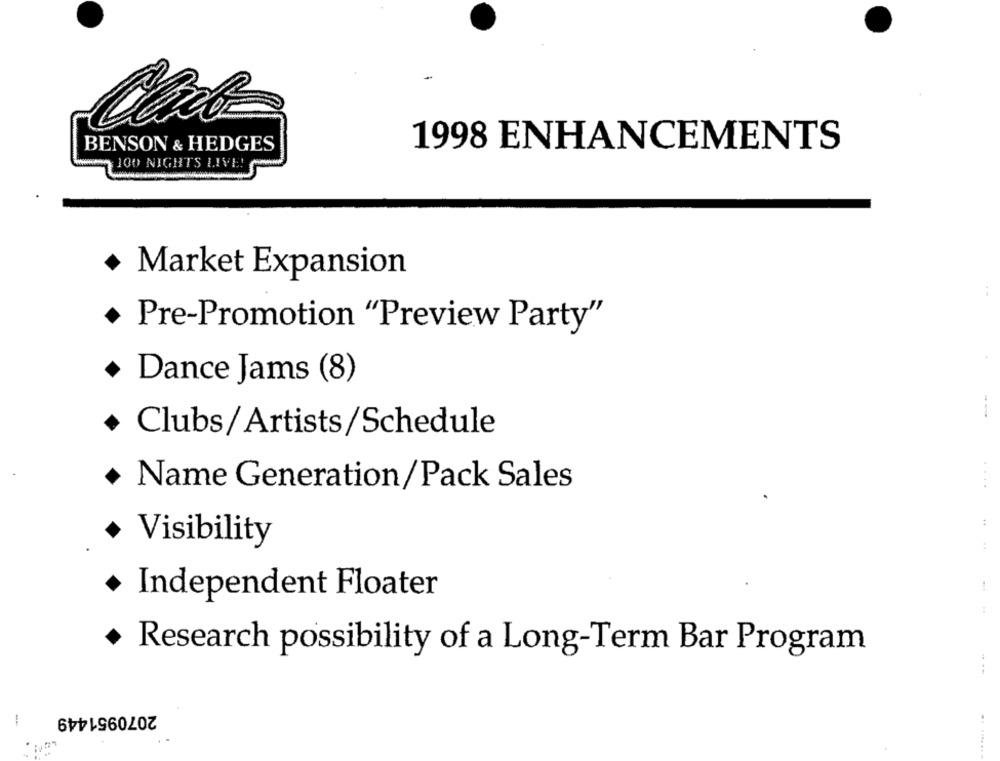
BENSON & HEDGES
1998 ENHANCEMENTS
100 NIGHTS LIVE!
Market Expansion
Pre-Promotion "Preview Party"
+ Dance Jams (8)
Clubs / Artists/Schedule
+ Name Generation/Pack Sales
:
* Visibility
Independent Floater
Research possibility of a Long-Term Bar Program
....
2070951449
-